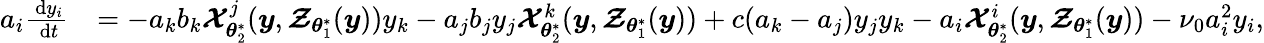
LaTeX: \begin{array}{rl}{a_{i}\frac{\, \mathrm{d}y_{i}}{\, \mathrm{d}t}}&{=-a_{k}b_{k}\boldsymbol{\mathcal{X}}_{\boldsymbol{\theta}_{2}^{\ast}}^{j}(\boldsymbol{y},\boldsymbol{\mathcal{Z}}_{\boldsymbol{\theta}_{1}^{\ast}}(\boldsymbol{y}))y_{k}-a_{j}b_{j}y_{j}\boldsymbol{\mathcal{X}}_{\boldsymbol{\theta}_{2}^{\ast}}^{k}(\boldsymbol{y},\boldsymbol{\mathcal{Z}}_{\boldsymbol{\theta}_{1}^{\ast}}(\boldsymbol{y}))+c(a_{k}-a_{j})y_{j}y_{k}-a_{i}\boldsymbol{\mathcal{X}}_{\boldsymbol{\theta}_{2}^{\ast}}^{i}(\boldsymbol{y},\boldsymbol{\mathcal{Z}}_{\boldsymbol{\theta}_{1}^{\ast}}(\boldsymbol{y}))-\nu_{0}a_{i}^{2}y_{i},}\end{array}